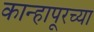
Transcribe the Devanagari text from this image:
कान्हापूरच्या